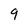
Character: 9